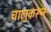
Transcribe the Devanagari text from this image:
चालुकरून